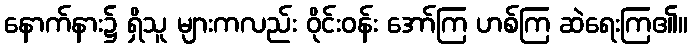
နောက်နား၌ ရှိသူ များကလည်း ဝိုင်းဝန်း အော်ကြ ဟစ်ကြ ဆဲရေးကြ၏။